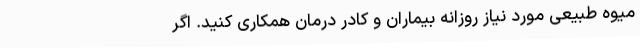
میوه طبیعی مورد نیاز روزانه بیماران و کادر درمان همکاری کنید. اگر